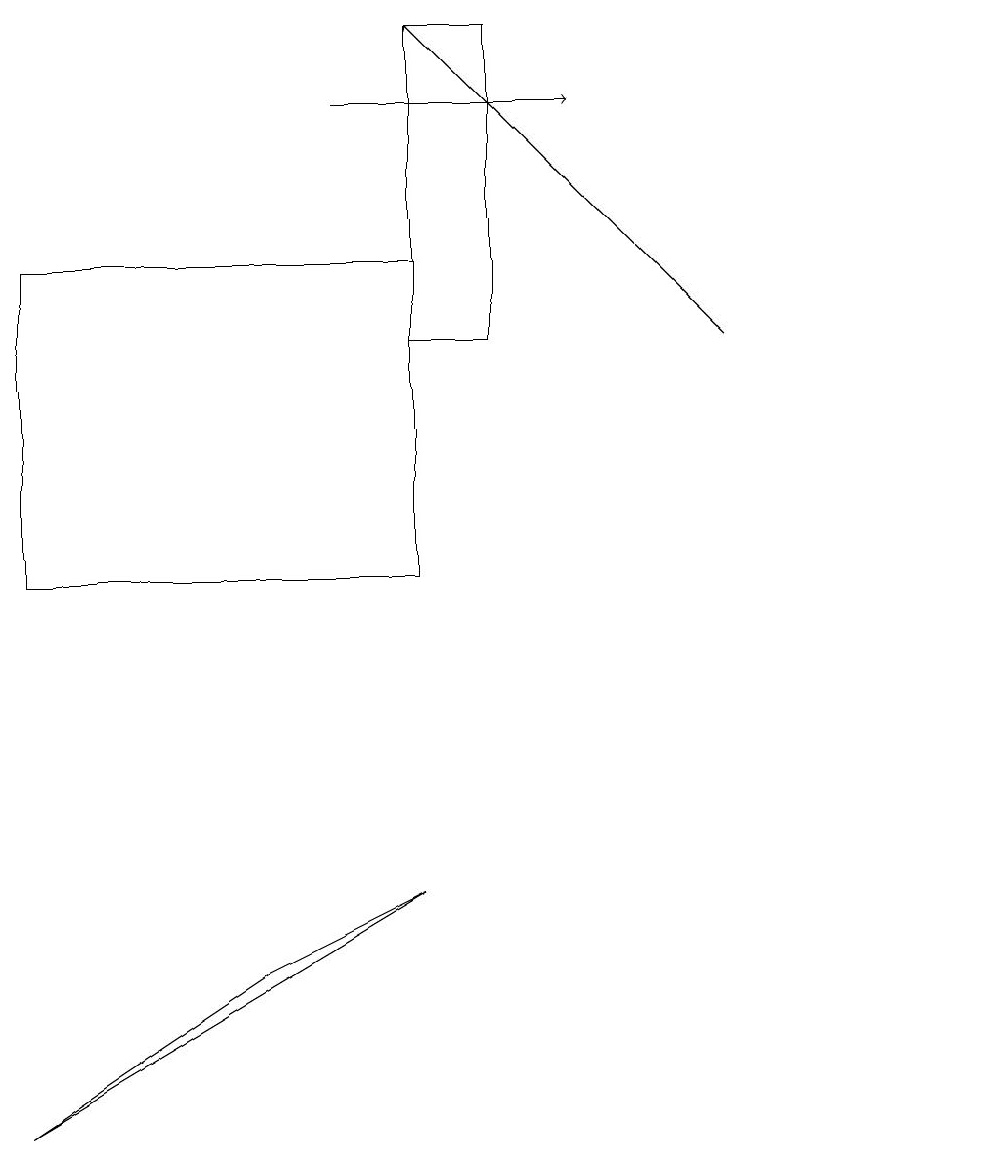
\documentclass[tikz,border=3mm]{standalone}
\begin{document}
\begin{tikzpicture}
\draw (12,11) circle (0);
\draw (5,16) rectangle (0,12);
\draw (5,19) rectangle (6,15);
\draw (5,8) -- (0,5) -- (3,7) -- cycle;
\draw[->] (9,15) -- (5,19);
\draw[->] (4,18) -- (7,18);
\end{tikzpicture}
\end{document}